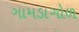
ગામડાગોળ